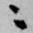
ニ